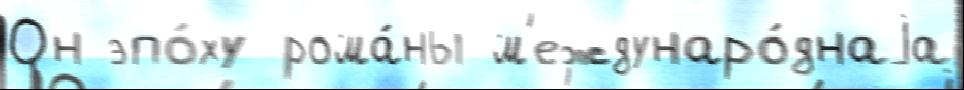
Он эпо́ху рома́ны м'еждунаро́днаjа